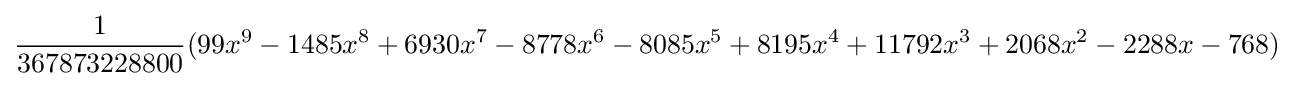
{\frac {1}{367873228800}}(99x^{9}-1485x^{8}+6930x^{7}-8778x^{6}-8085x^{5}+8195x^{4}+11792x^{3}+2068x^{2}-2288x-768)